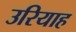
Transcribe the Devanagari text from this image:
उरियाह